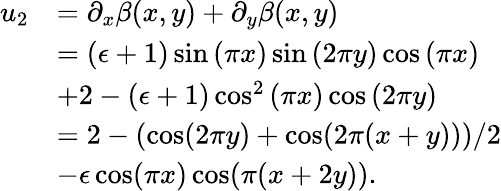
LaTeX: \begin{array}{rl}{u_{2}}&{=\partial_{x}\beta(x,y)+\partial_{y}\beta(x,y)}\\ &{=\left(\epsilon+1\right)\sin{\left(\pi x\right)}\sin{\left(2\pi y\right)}\cos{\left(\pi x\right)}}\\ &{+2-\left(\epsilon+1\right)\cos^{2}{\left(\pi x\right)}\cos{\left(2\pi y\right)}}\\ &{=2-(\cos(2\pi y)+\cos(2\pi(x+y)))/2}\\ &{-\epsilon\cos(\pi x)\cos(\pi(x+2y)).}\end{array}